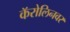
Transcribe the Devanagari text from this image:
कॅरोलिनवर